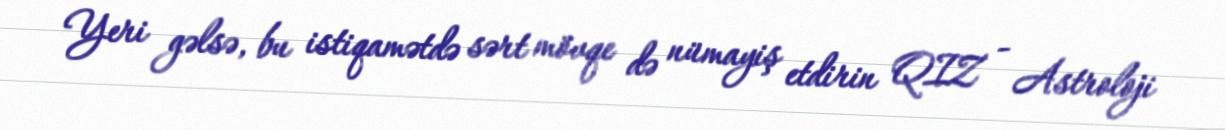
Yeri gəlsə, bu istiqamətdə sərt mövqe də nümayiş etdirin QIZ - Astroloji